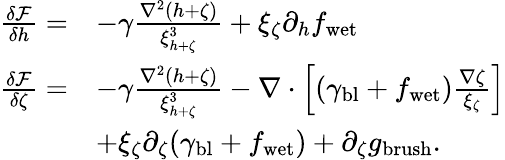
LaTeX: \begin{array}{rl}{\frac{\delta\mathcal{F}}{\delta h}=}&{-\gamma\frac{\nabla^{2}(h+\zeta)}{\xi_{h+\zeta}^{3}}+\xi_{\zeta}\partial_{h}f_{\mathrm{wet}}}\\ {\frac{\delta\mathcal{F}}{\delta\zeta}=}&{-\gamma\frac{\nabla^{2}(h+\zeta)}{\xi_{h+\zeta}^{3}}-\nabla\cdot\left[(\gamma_{\mathrm{bl}}+f_{\mathrm{wet}})\frac{\nabla\zeta}{\xi_{\zeta}}\right]}\\ &{+\xi_{\zeta}\partial_{\zeta}(\gamma_{\mathrm{bl}}+f_{\mathrm{wet}})+\partial_{\zeta}g_{\mathrm{brush}}.}\end{array}